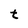
Character: t